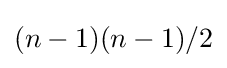
(n-1)(n-1)/2